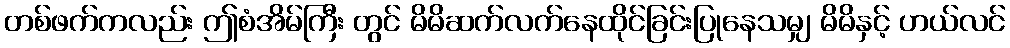
တစ်ဖက်ကလည်း ဤစံအိမ်ကြီး တွင် မိမိဆက်လက်နေထိုင်ခြင်းပြုနေသမျှ မိမိနှင့် ဟယ်လင်